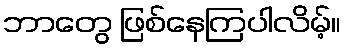
ဘာတွေ ဖြစ်နေကြပါလိမ့်။